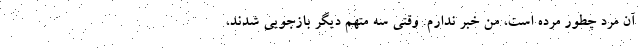
آن مرد چطور مرده است، من خبر ندارم. وقتی سه متهم دیگر بازجویی شدند،